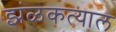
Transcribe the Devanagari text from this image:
झंळकत्याल